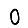
Digit: 0